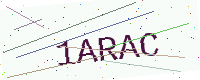
Text: 1ARAC